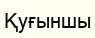
Қуғыншы